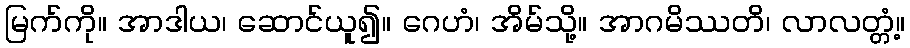
မြက်ကို။ အာဒါယ၊ ဆောင်ယူ၍။ ဂေဟံ၊ အိမ်သို့။ အာဂမိဿတိ၊ လာလတ္တံ့။